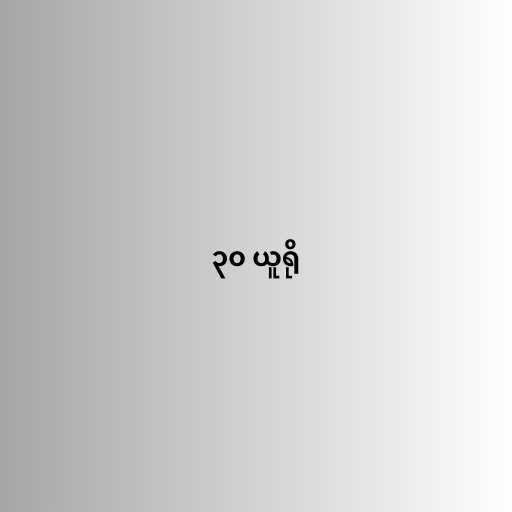
၃၀ ယူရို